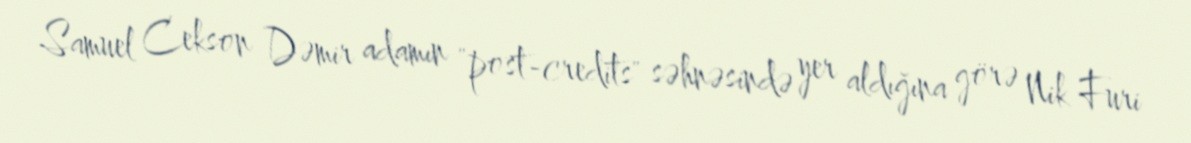
Samuel Cekson Dəmir adamın "post-credits" səhnəsində yer aldığına görə Nik Furi